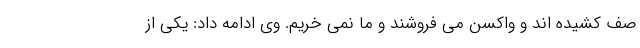
صف کشیده اند و واکسن می فروشند و ما نمی خریم. وی ادامه داد: یکی از